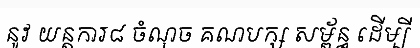
នូវ យន្តការ៨ ចំណុច គណបក្ស សម្ព័ន្ធ ដើម្បី